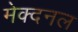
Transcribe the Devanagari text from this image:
मेक्दनल